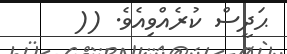
ޙަދީސް ކުރެއްވިއެވެ. ((